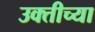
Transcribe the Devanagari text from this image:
उक्तीच्या